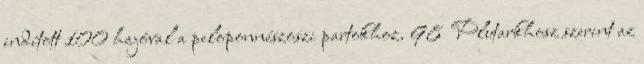
indított 100 hajóval a peloponnészoszi partokhoz. 98 Plutarkhosz szerint az